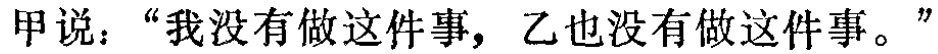
甲说：“我没有做这件事，乙也没有做这件事。”